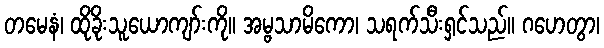
တမေနံ၊ ထိုခိုးသူယောကျာ်းကို။ အမ္ဗသာမိကော၊ သရက်သီးရှင်သည်။ ဂဟေတွာ၊